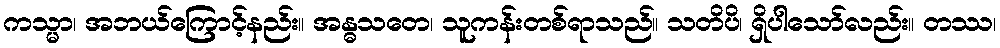
ကသ္မာ၊ အဘယ်ကြောင့်နည်း။ အန္ဓသတေ၊ သူကန်းတစ်ရာသည်။ သတိပိ၊ ရှိပါသော်လည်း။ တဿ၊